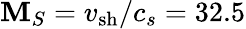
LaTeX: \mathbf{M}_{S}=v_{\mathrm{{sh}}}/c_{s}=32.5